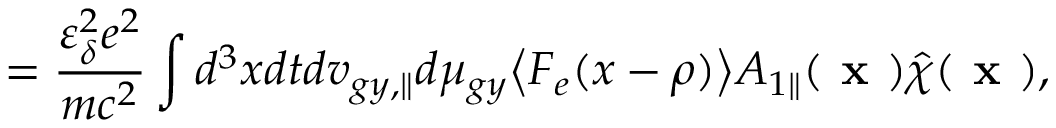
= \frac { \varepsilon _ { \delta } ^ { 2 } e ^ { 2 } } { m c ^ { 2 } } \int d ^ { 3 } x d t d v _ { g y , \parallel } d \mu _ { g y } \bigl \langle F _ { e } ( x - \rho ) \bigr \rangle { A } _ { 1 \parallel } ( \textbf { x } ) \hat { \chi } ( \textbf { x } ) ,